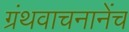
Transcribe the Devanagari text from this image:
ग्रंथवाचनानेंच